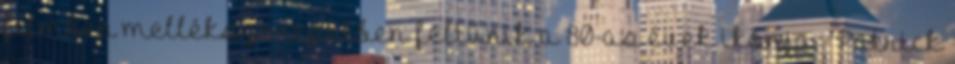
filmben mellékszerepekben feltűnik a 80-as évek ikonja - Patrick